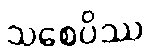
သစေပိဿ